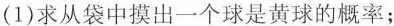
(1)求从袋中摸出一个球是黄球的概率；